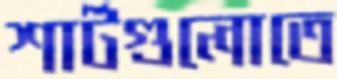
শার্টগুলোতে